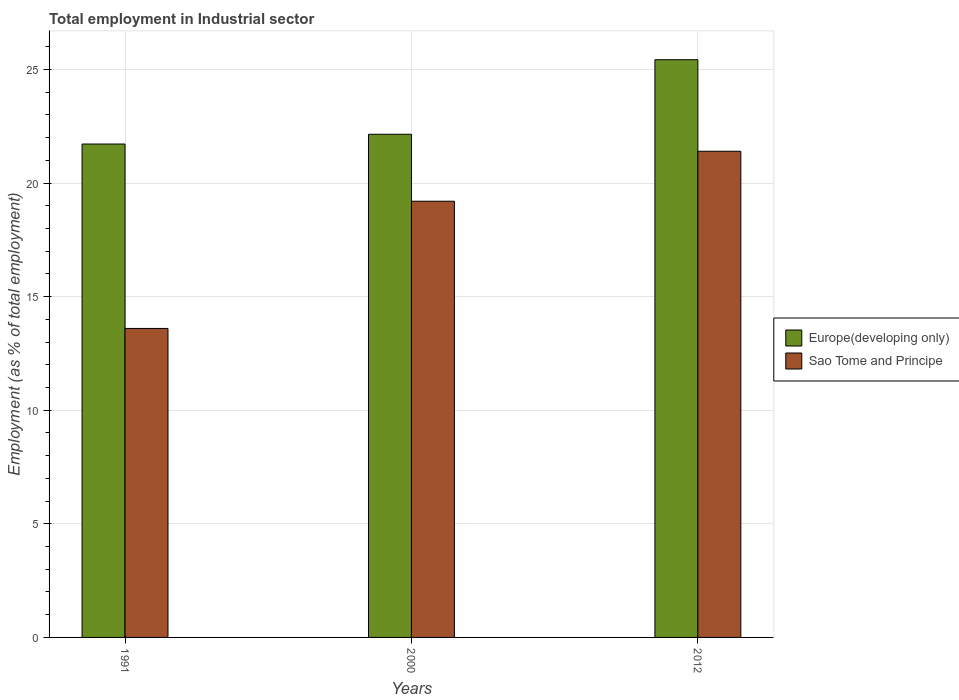
| Years | Europe(developing only) | Sao Tome and Principe |
 | --- | --- | --- |
 | 1991 | 21.7 | 13.6 |
 | 2000 | 22.1 | 19.2 |
 | 2012 | 25.4 | 21.4 |